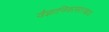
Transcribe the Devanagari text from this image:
वैज्ञानिकासारखाच